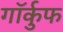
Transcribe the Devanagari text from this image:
गॉर्कुफ